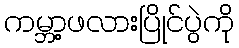
ကမ္ဘာ့ဖလားပြိုင်ပွဲကို